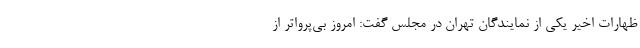
ظهارات اخیر یکی از نمایندگان تهران در مجلس گفت: امروز بی‌پرواتر از